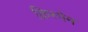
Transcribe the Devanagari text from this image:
क्रिस्पेन